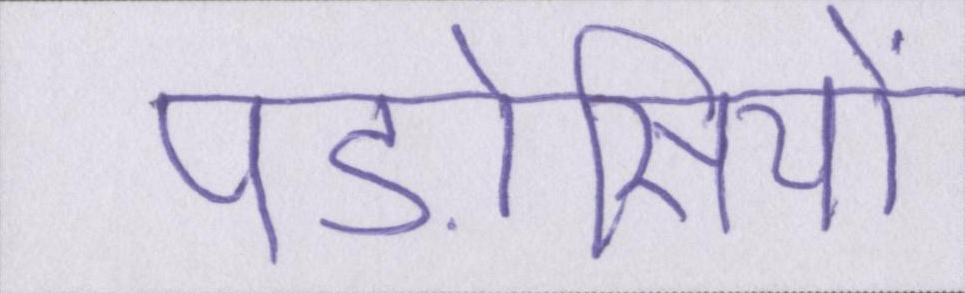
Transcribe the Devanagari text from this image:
पड़ोसियों